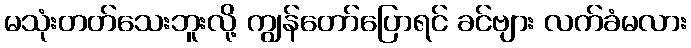
မသုံးတတ်သေးဘူးလို့ ကျွန်တော်ပြောရင် ခင်ဗျား လက်ခံမလား